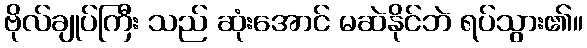
ဗိုလ်ချုပ်ကြီး သည် ဆုံးအောင် မဆဲနိုင်ဘဲ ရပ်သွား၏။